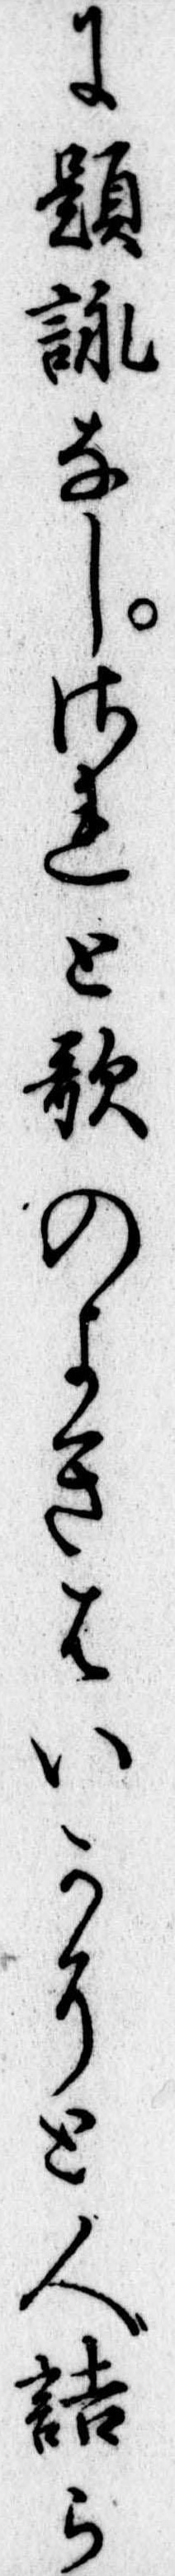
に題詠なしされと歌のよきはいかにと人詰ら